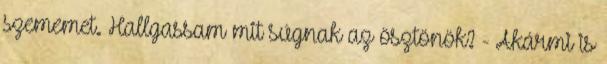
szememet. Hallgassam mit súgnak az ösztönök? - Akármi is